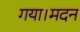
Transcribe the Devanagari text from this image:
गया।मदन